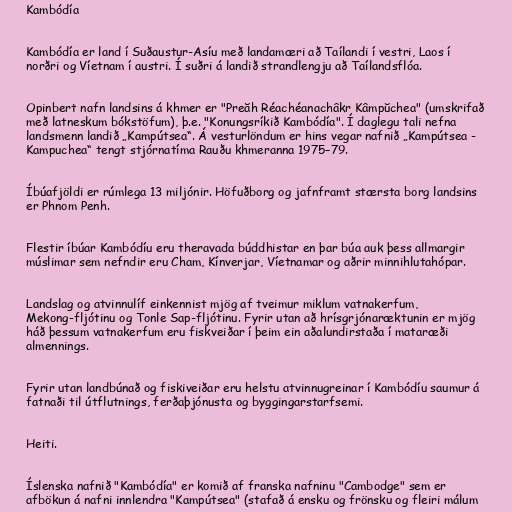
Kambódía

Kambódía er land í Suðaustur-Asíu með landamæri að Taílandi í vestri, Laos í
norðri og Víetnam í austri. Í suðri á landið strandlengju að Taílandsflóa.

Opinbert nafn landsins á khmer er "Preăh Réachéanachâkr Kâmpŭchea" (umskrifað
með latneskum bókstöfum), þ.e. "Konungsríkið Kambódía". Í daglegu tali nefna
landsmenn landið „Kampútsea“. Á vesturlöndum er hins vegar nafnið „Kampútsea -
Kampuchea“ tengt stjórnatíma Rauðu khmeranna 1975–79.

Íbúafjöldi er rúmlega 13 miljónir. Höfuðborg og jafnframt stærsta borg landsins
er Phnom Penh.

Flestir íbúar Kambódíu eru theravada búddhistar en þar búa auk þess allmargir
múslimar sem nefndir eru Cham, Kínverjar, Víetnamar og aðrir minnihlutahópar.

Landslag og atvinnulíf einkennist mjög af tveimur miklum vatnakerfum,
Mekong-fljótinu og Tonle Sap-fljótinu. Fyrir utan að hrísgrjónaræktunin er mjög
háð þessum vatnakerfum eru fiskveiðar í þeim ein aðalundirstaða í mataræði
almennings.

Fyrir utan landbúnað og fiskiveiðar eru helstu atvinnugreinar í Kambódíu saumur á
fatnaði til útflutnings, ferðaþjónusta og byggingarstarfsemi.

Heiti.

Íslenska nafnið "Kambódía" er komið af franska nafninu "Cambodge" sem er
afbökun á nafni innlendra "Kampútsea" (stafað á ensku og frönsku og fleiri málum